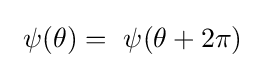
\ \psi (\theta )=\ \psi (\theta +2\pi )